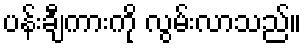
ပန်းချီကားကို လွမ်းလာသည်။